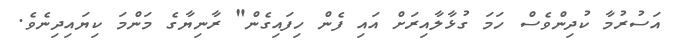
އަސުރުމާ ކުދިންވެސް ހަމަ ގުޅާލާއިރަށް އައި ފެން ހިފައިގެން" ރާނިޔާގެ މަންމަ ކިޔައިދިނެވެ.